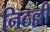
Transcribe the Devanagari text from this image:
निठल्ली